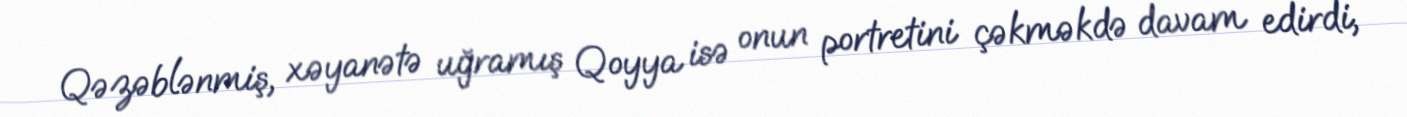
Qəzəblənmiş, xəyanətə uğramış Qoyya isə onun portretini çəkməkdə davam edirdi,